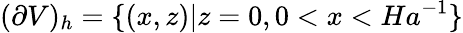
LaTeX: (\partial V)_{h}=\{ (x,z)|z=0,0<x<Ha^{-1}\}